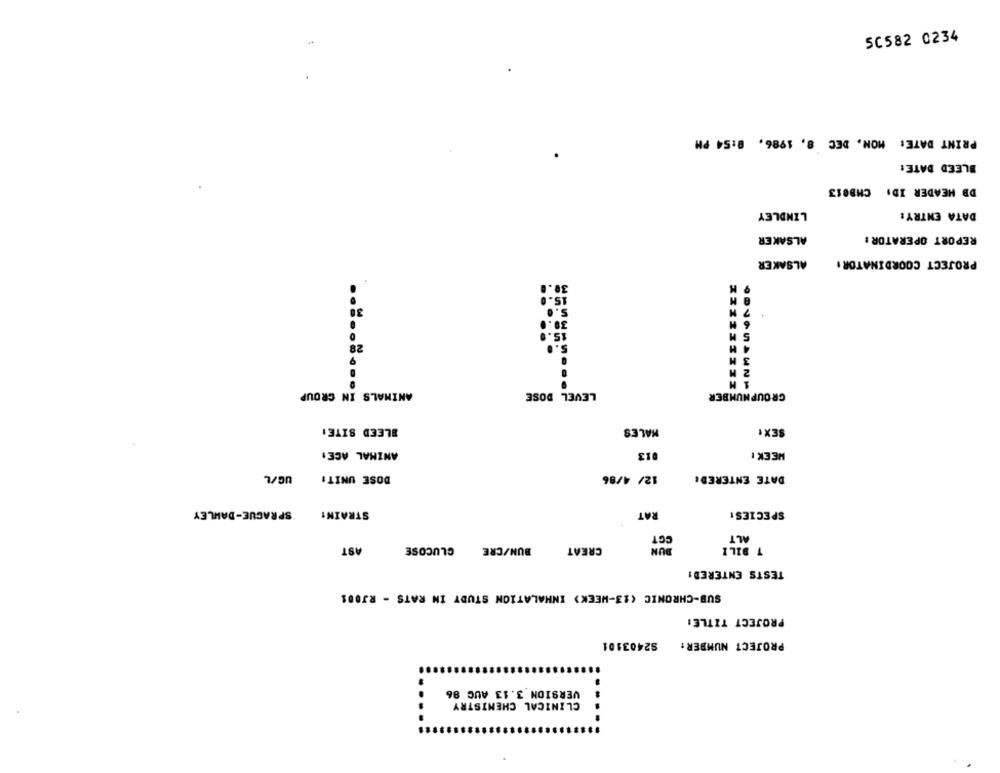
50582 0234
PRINT DATE: MON. DEC 8, 1986, 8:54 PM
BLEED DATE:
DB HEADER ID: CMB013
LINDLEY
DATA ENTRY:
ALSAKER
REPORT OPERATOR :
ALSAKER
PROJECT COORDINATOR :
30
7 M
6 H
0
S M
28
3 M
2 H
1 M
ANIMALS IN GROUP
LEVEL DOSE
GROUPNUMBER
..:...... 2
BLEED SITE:
MALES
SEX!
ANIMAL ACE:
13
HEEK !
UG/L
DOSE UNIT:
12/ 4/86
DATE ENTERED:
SPRAGUE-DAHLEY
STRAIN:
RAT
SPECIES:
CCT
ALT
AST
BUN/CRE GLUCOSE
CREAT
DUN
T BILI
TESTS ENTERED!
SUB-CHRONIC (13-WEEK) INHALATION STUDY IN RATS - RJ001
PROJECT TITLE:
S2403101
PROJECT NUMBER:
VERSION 3.13 AUC 86
CLINICAL CHEMISTRY